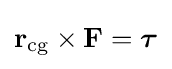
\mathbf {r} _{\mathrm {cg} }\times \mathbf {F} ={\boldsymbol {\tau }}